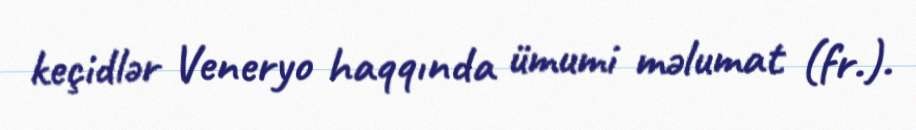
keçidlər Veneryo haqqında ümumi məlumat (fr.).